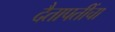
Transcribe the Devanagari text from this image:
दैतापतींचा